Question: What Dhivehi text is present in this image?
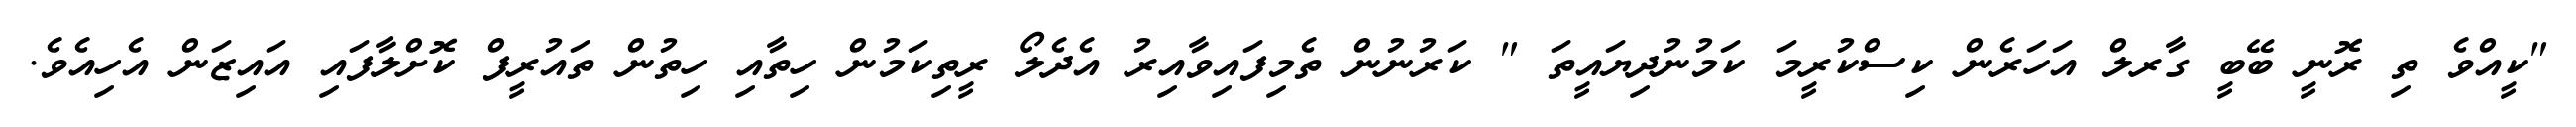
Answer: "ކީއްވެ ތި ރޮނީ ބޭބީ ގާރލް އަހަރެން ކިސްކުރީމަ ކަމުނުދިޔައީތަ " ކަރުނުން ތެމިފައިވާއިރު އެދެލޯ ރީތިކަމުން ހިތާއި ހިތުން ތައުރީފް ކޮށްލާފައި އައިޒަން އެހިއެވެ.